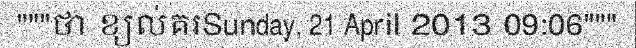
"""ថា ខ្យល់គរSunday, 21 April 2013 09:06"""